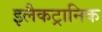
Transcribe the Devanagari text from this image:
इलैकट्रानिक